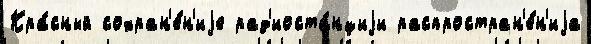
Кра́сный сохран'е́н'иjе рад'иоста́нциjи распростран'е́н'иjа